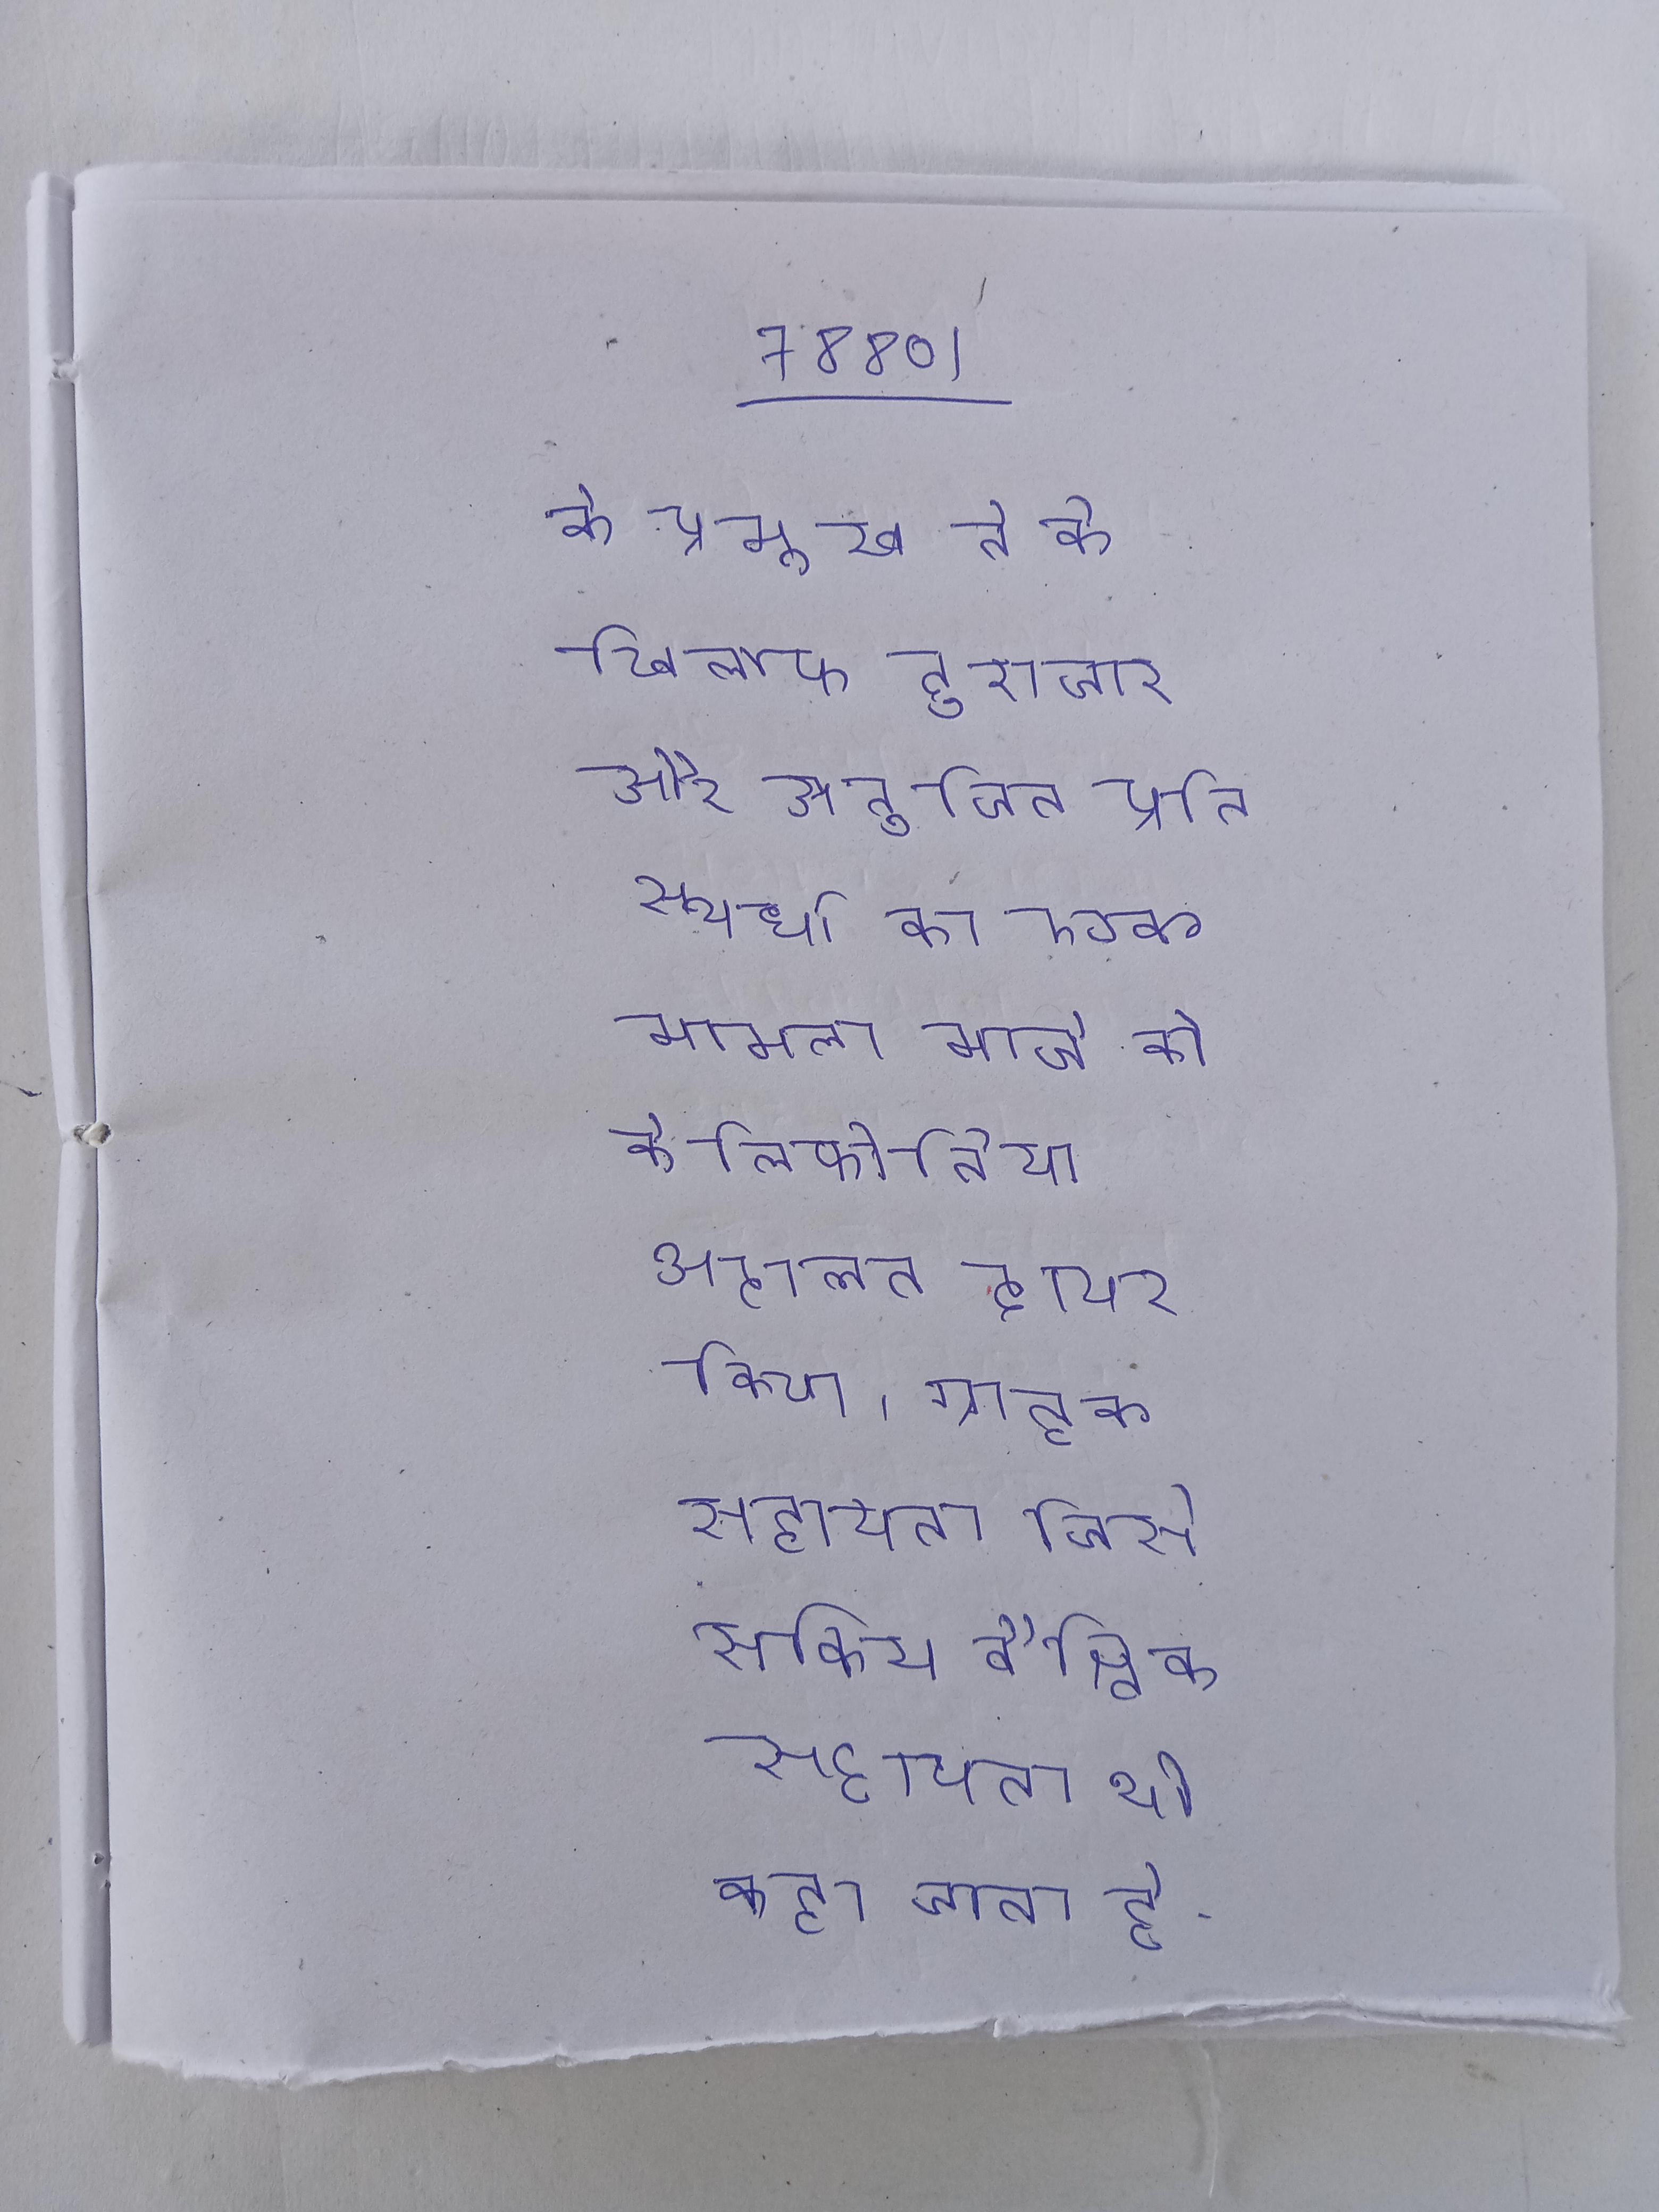
के प्रमुख ने के खिलाफ दुराचार और अनुचित प्रतिस्पर्धा का एक मामला मार्च को कैलिफोर्निया अदालत दायर किया । ग्राहक सहायता जिसे सक्रिय वैश्विक सहायता भी कहा जाता है, विश्व भर के के लिए सहायता प्रदान करने के लिए एक विश्वव्यापी है ।